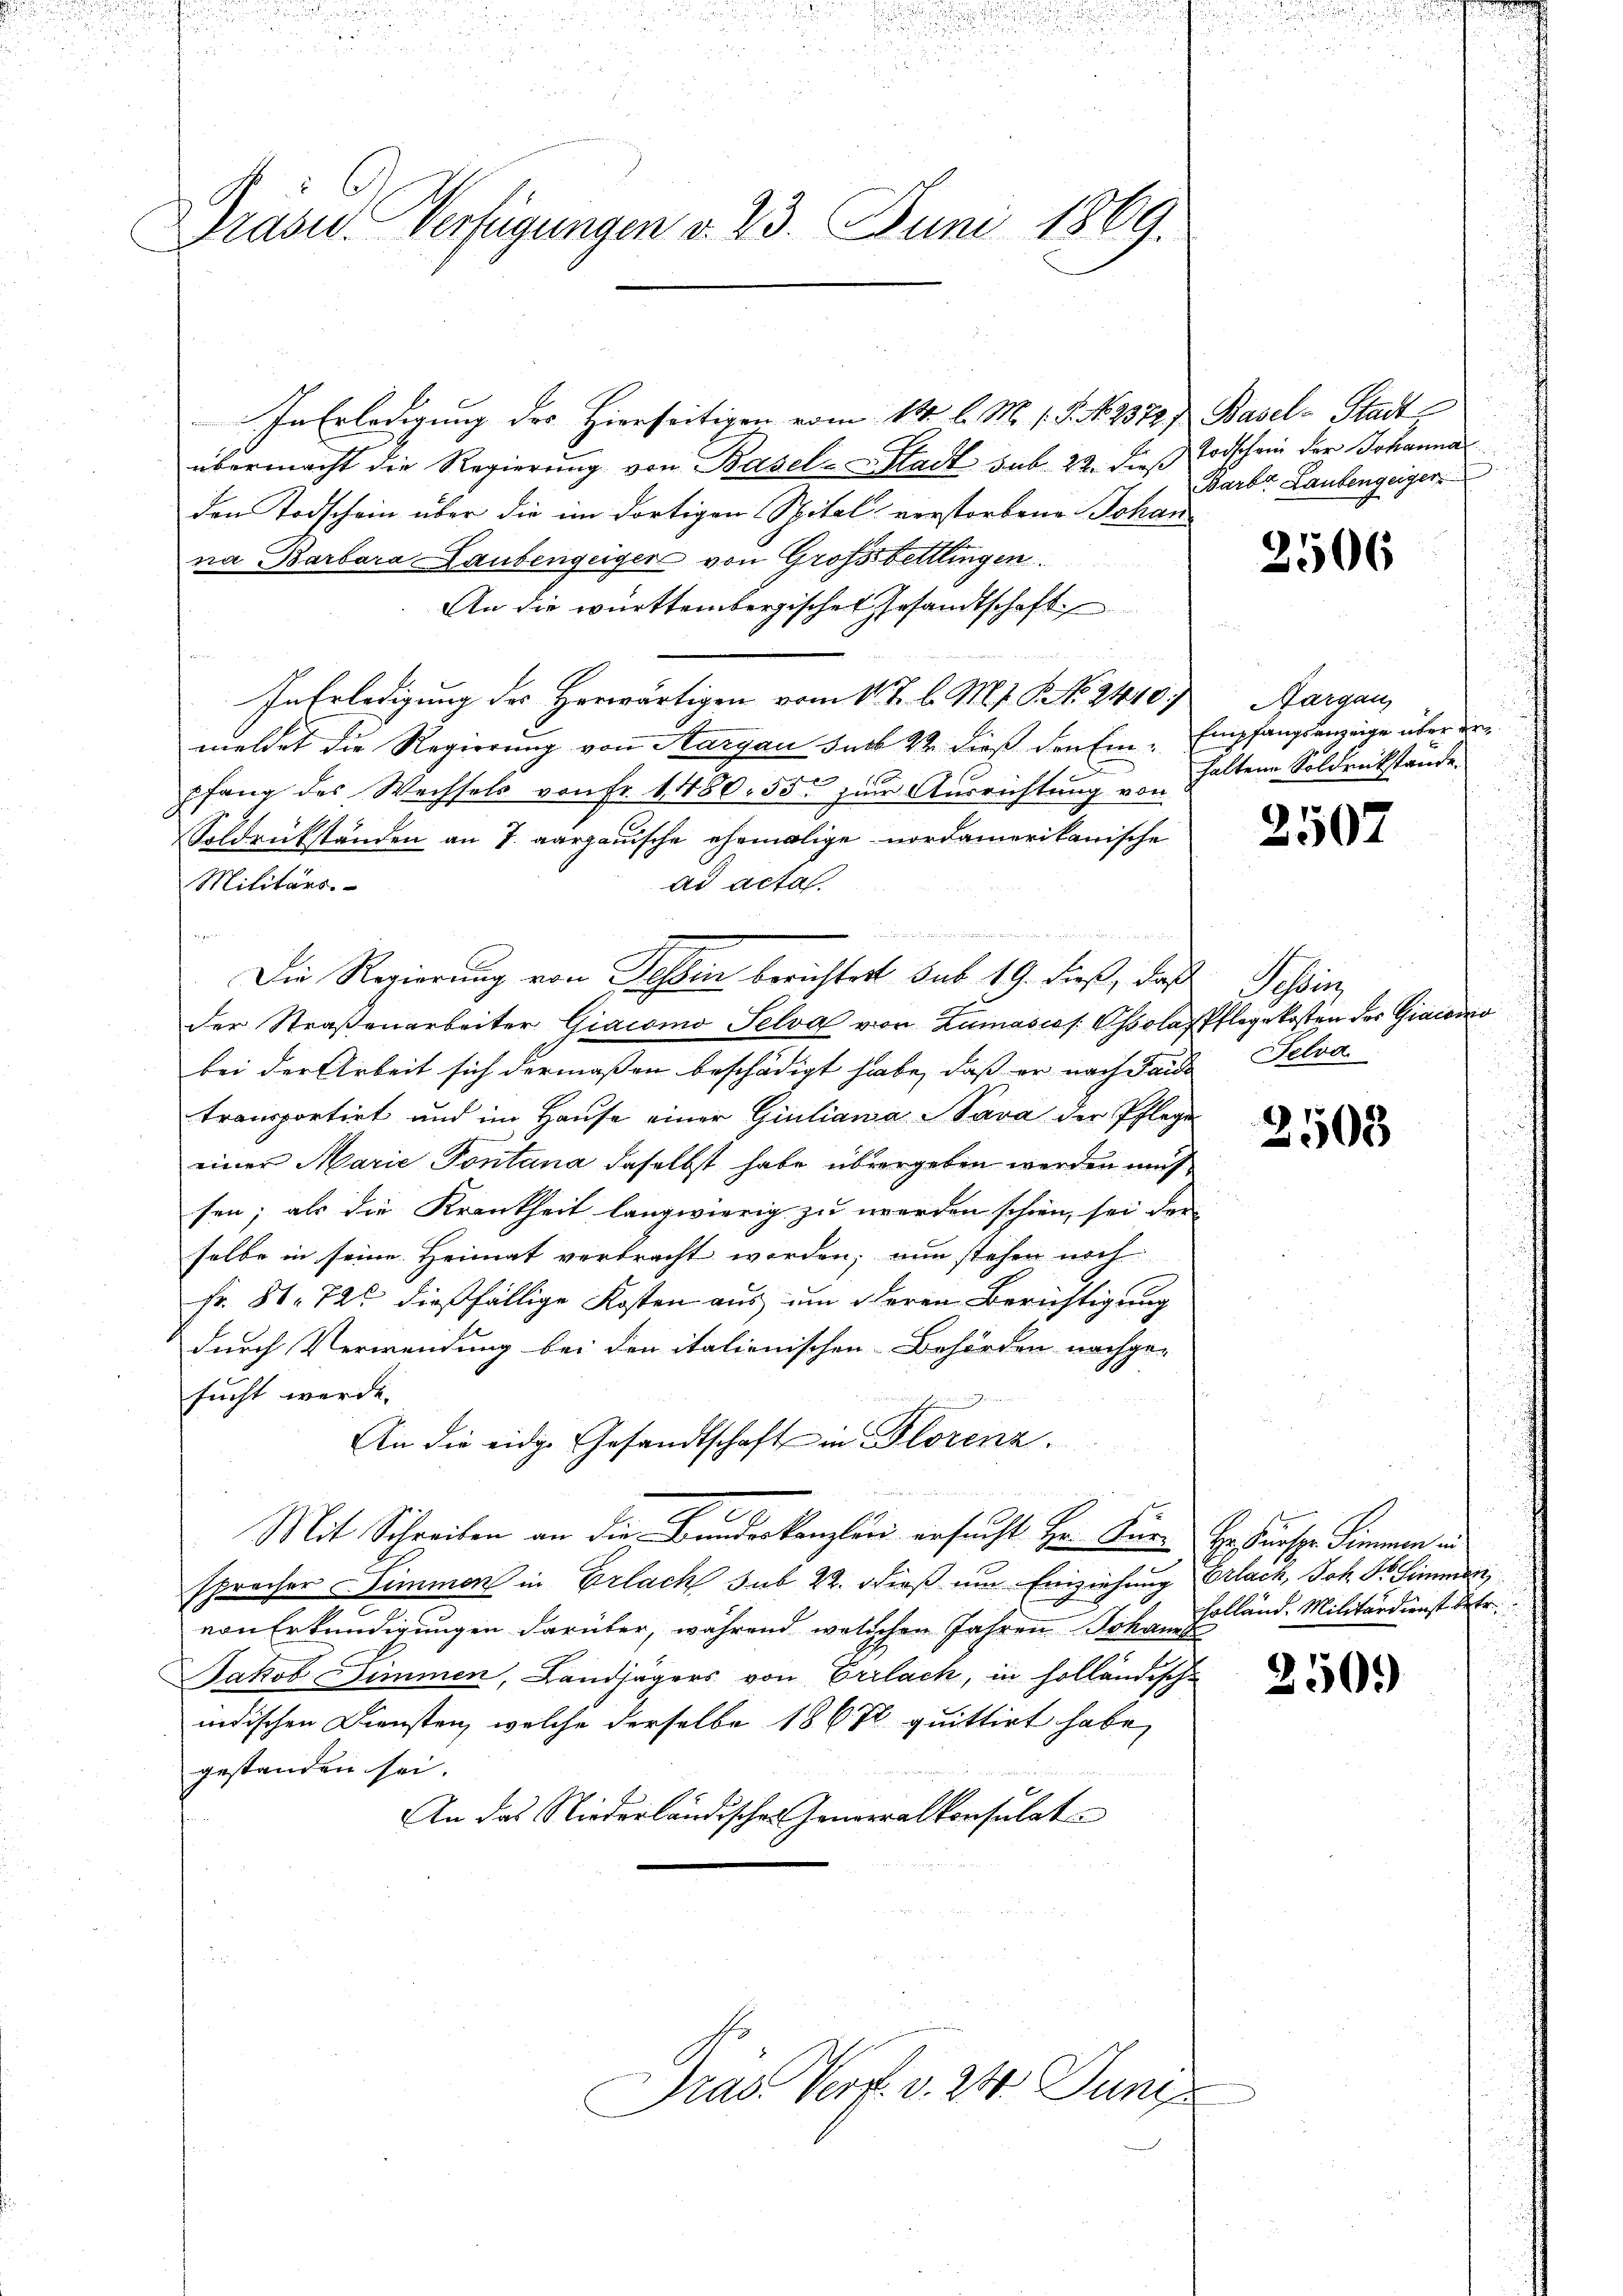
b
rasu. Verfügungen d. 23. Juni 1869.

In Erledigung des Hierseitigen vom 14. l. M. 18. No 1379, Basel-Stadt
übermacht die Regierung von Basel-Stadt sub. 22. dieß
den Todschein über die im dortigen Spital verstorbene Johan
na Barbara Laubengeiger von Großssbettlingen
An die württembergischen Gesandtschaft
In Erledigung des Herwärtigen vom 11 t l. M. t. P. No. 2440;
meldet die Regierung von Aargau sub 22. dieß drehen Empfangsanzeige über der
pfang des Wechsels von Fr. 1480. 555 zur Ausrichtung von haltene Soldrückstände
Soldrükständen an J. aargauische ehemalige nordamerikanische
Militärs.
ad acta.

der Straßenarbeiter Giacomo Selva von Zumasies Cholas Pflegekosten der Giaccino
bei der Arbeit sich dermaßen beschädigt habe, daß er nach Lande
transportirt und im Hause einer Giuliana Sava der Pflege
einer Marie Pontana daselbst habe übergeben werden muß
sen; als die Krankheit langwierig zu werden schien, sei der
selbe in seine Heimat verbracht worden; nun stehen noch
Fr. 86. 726 dießfällige Kosten aus um deren Berichtigung
durch Verwendung bei den italienischen Behörden nachge-
sucht werde.
An die eidge Gesandtschaft in Florenz.
Mit Schreiben an die Bundeskanzland ersucht Hr. Für Erkunste Simmen in
spracher Simmen in Erlach sub 22. dieß um Einziehung Erlach, Joh. Dr. Simmer
von Erkundigungen darüber, während welchen Jahren Johanne
Jakob Simmen, Landjägers von Erlach, in holländische
indischen Diensten, welche derselbe 1867 quittirt habe,
gestanden sei.
An das Niederländischen Generalkonsulat

Die Regierung von Sessen berichtet sub 19. dieß, daß Schön

Dras Verf. v. 24. Juni

Todschein der Johanna
Barb. Laubengeiger

2506

Aargau,

2507

Felva

2503

Holländ. Militärdienst betr.

250.